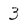
Character: 3